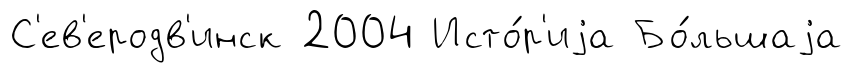
С'ев'еродв'инск 2004 Исто́р'иjа Бо́льшаjа